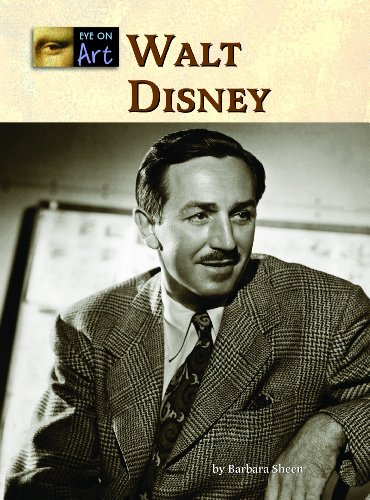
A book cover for Walt Disney (Eye on Art); Barbara Sheen Busby; Teen & Young Adult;